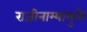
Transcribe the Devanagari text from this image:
राजीनाम्यामुळे